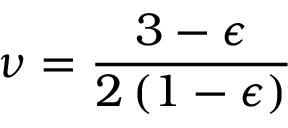
\nu = { \frac { 3 - \epsilon } { 2 \left( 1 - \epsilon \right) } }